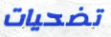
تضحيات